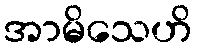
အာမိသေဟိ